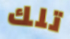
تلك